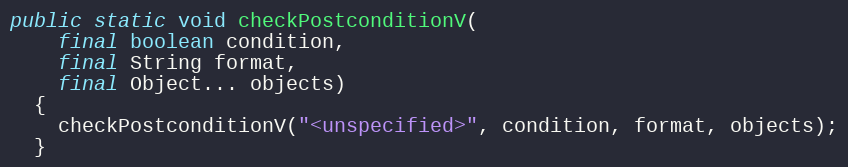
Language: Java
public static void checkPostconditionV(
    final boolean condition,
    final String format,
    final Object... objects)
  {
    checkPostconditionV("<unspecified>", condition, format, objects);
  }